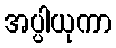
အပ္ပါယုကာ